Reports on military cantonments and civil stations in the Presidency of Bombay inspected by the Sanitary Commissioner in the years 1875 and 1876
Year: 1875
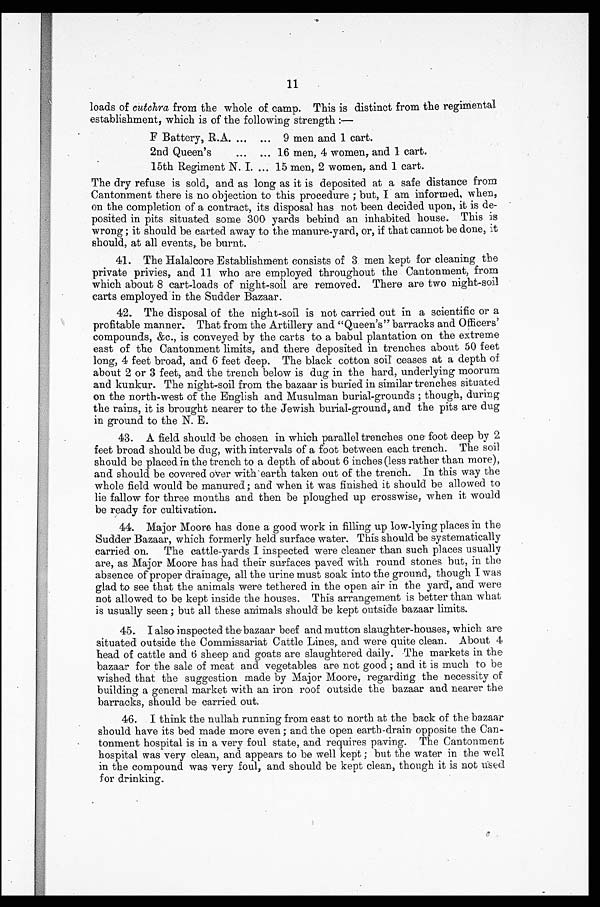
11
loads of cutchra from the whole of camp. This is distinct from the regimental
establishment, which is of the following strength :—
F Battery, R.A
9 men and 1 cart.
2nd Queen's
16 men, 4 women, and 1 cart.
15th Regiment N. I.
15 men, 2 women, and 1 cart.
The dry refuse is sold, and as long as it is deposited at a safe distance from
Cantonment there is no objection to this procedure ; but, I am informed, when,
on the completion of a contract, its disposal has not been decided upon, it is de-
posited in pits situated some 300 yards behind an inhabited house. This is
wrong ; it should be carted away to the manure-yard, or, if that cannot be done, it
should, at all events, be burnt.
41. The Halalcore Establishment consists of 3 men kept for cleaning the
private privies, and 11 who are employed throughout the Cantonment, from
which about 8 cart-loads of night-soil are removed. There are two night-soil
carts employed in the Sudder Bazaar.
42. The disposal of the night-soil is not carried out in a scientific or a
profitable manner. That from the Artillery and "Queen's" barracks and Officers'
compounds, &c., is conveyed by the carts to a babul plantation on the extreme
east of the Cantonment limits, and there deposited in trenches about 50 feet
long, 4 feet broad, and 6 feet deep. The black cotton soil ceases at a depth of
about 2 or 3 feet, and the trench below is dug in the hard, underlying moorum
and kunkur. The night-soil from the bazaar is buried in similar trenches situated
on the north-west of the English and Musulman burial-grounds ; though, during
the rains, it is brought nearer to the Jewish burial-ground,, and the pits are dug
in ground to the N. E.
43. A field should be chosen in which parallel trenches one foot deep by 2
feet broad should be dug, with intervals of a foot between each trench. The soil
should be placed in the trench to a depth of about 6 inches (less rather than more),
and should be covered over with'earth taken out of the trench. In this way the
whole field would be manured; and when it was finished it should be allowed to
lie fallow for three months and then be ploughed up crosswise, when it would
be ready for cultivation.
44. Major Moore has done a good work in filling up low-lying places in the
Sudder Bazaar, which formerly held surface water. This should be systematically
carried on. The cattle-yards I inspected were cleaner than such places usually
are, as Major Moore has had their surfaces paved with round stones but, in the
absence of proper drainage, all the urine must soak into the ground, though I was
glad to see that the animals were tethered in the open air in the yard, and were
not allowed to be kept inside the houses. This arrangement is better than what
is usually seen ; but all these animals should be kept outside bazaar limits.
45. I also inspected the bazaar beef and mutton slaughter-houses„ which are
situated outside the Commissariat Cattle Lines, and were quite clean. About 4
head of cattle and 6 sheep and goats are slaughtered daily. The markets in the
bazaar for the sale of meat and vegetables are not good ; and it is much to be
wished that the suggestion made by Major Moore, regarding the necessity of
building a general market with an iron roof outside the bazaar and nearer the
barracks, should be carried out.
46. I think the nullah running from east to north at the back of the bazaar
should have its bed made more even ; and the open earth-drain opposite the Can-
tonment hospital is in a very foul state, and requires paving. The Cantonment
hospital was very clean, and appears to be well kept ; but the water in the well
in the compound was very foul, and should be kept clean, though it is not Used
for drinking.